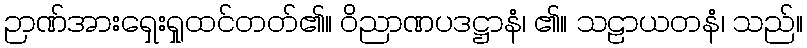
ဉာဏ်အားရှေးရှုထင်တတ်၏။ ဝိညာဏပဒဋ္ဌာနံ၊ ၏။ သဠာယတနံ၊ သည်။